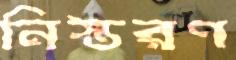
নিস্তরণ